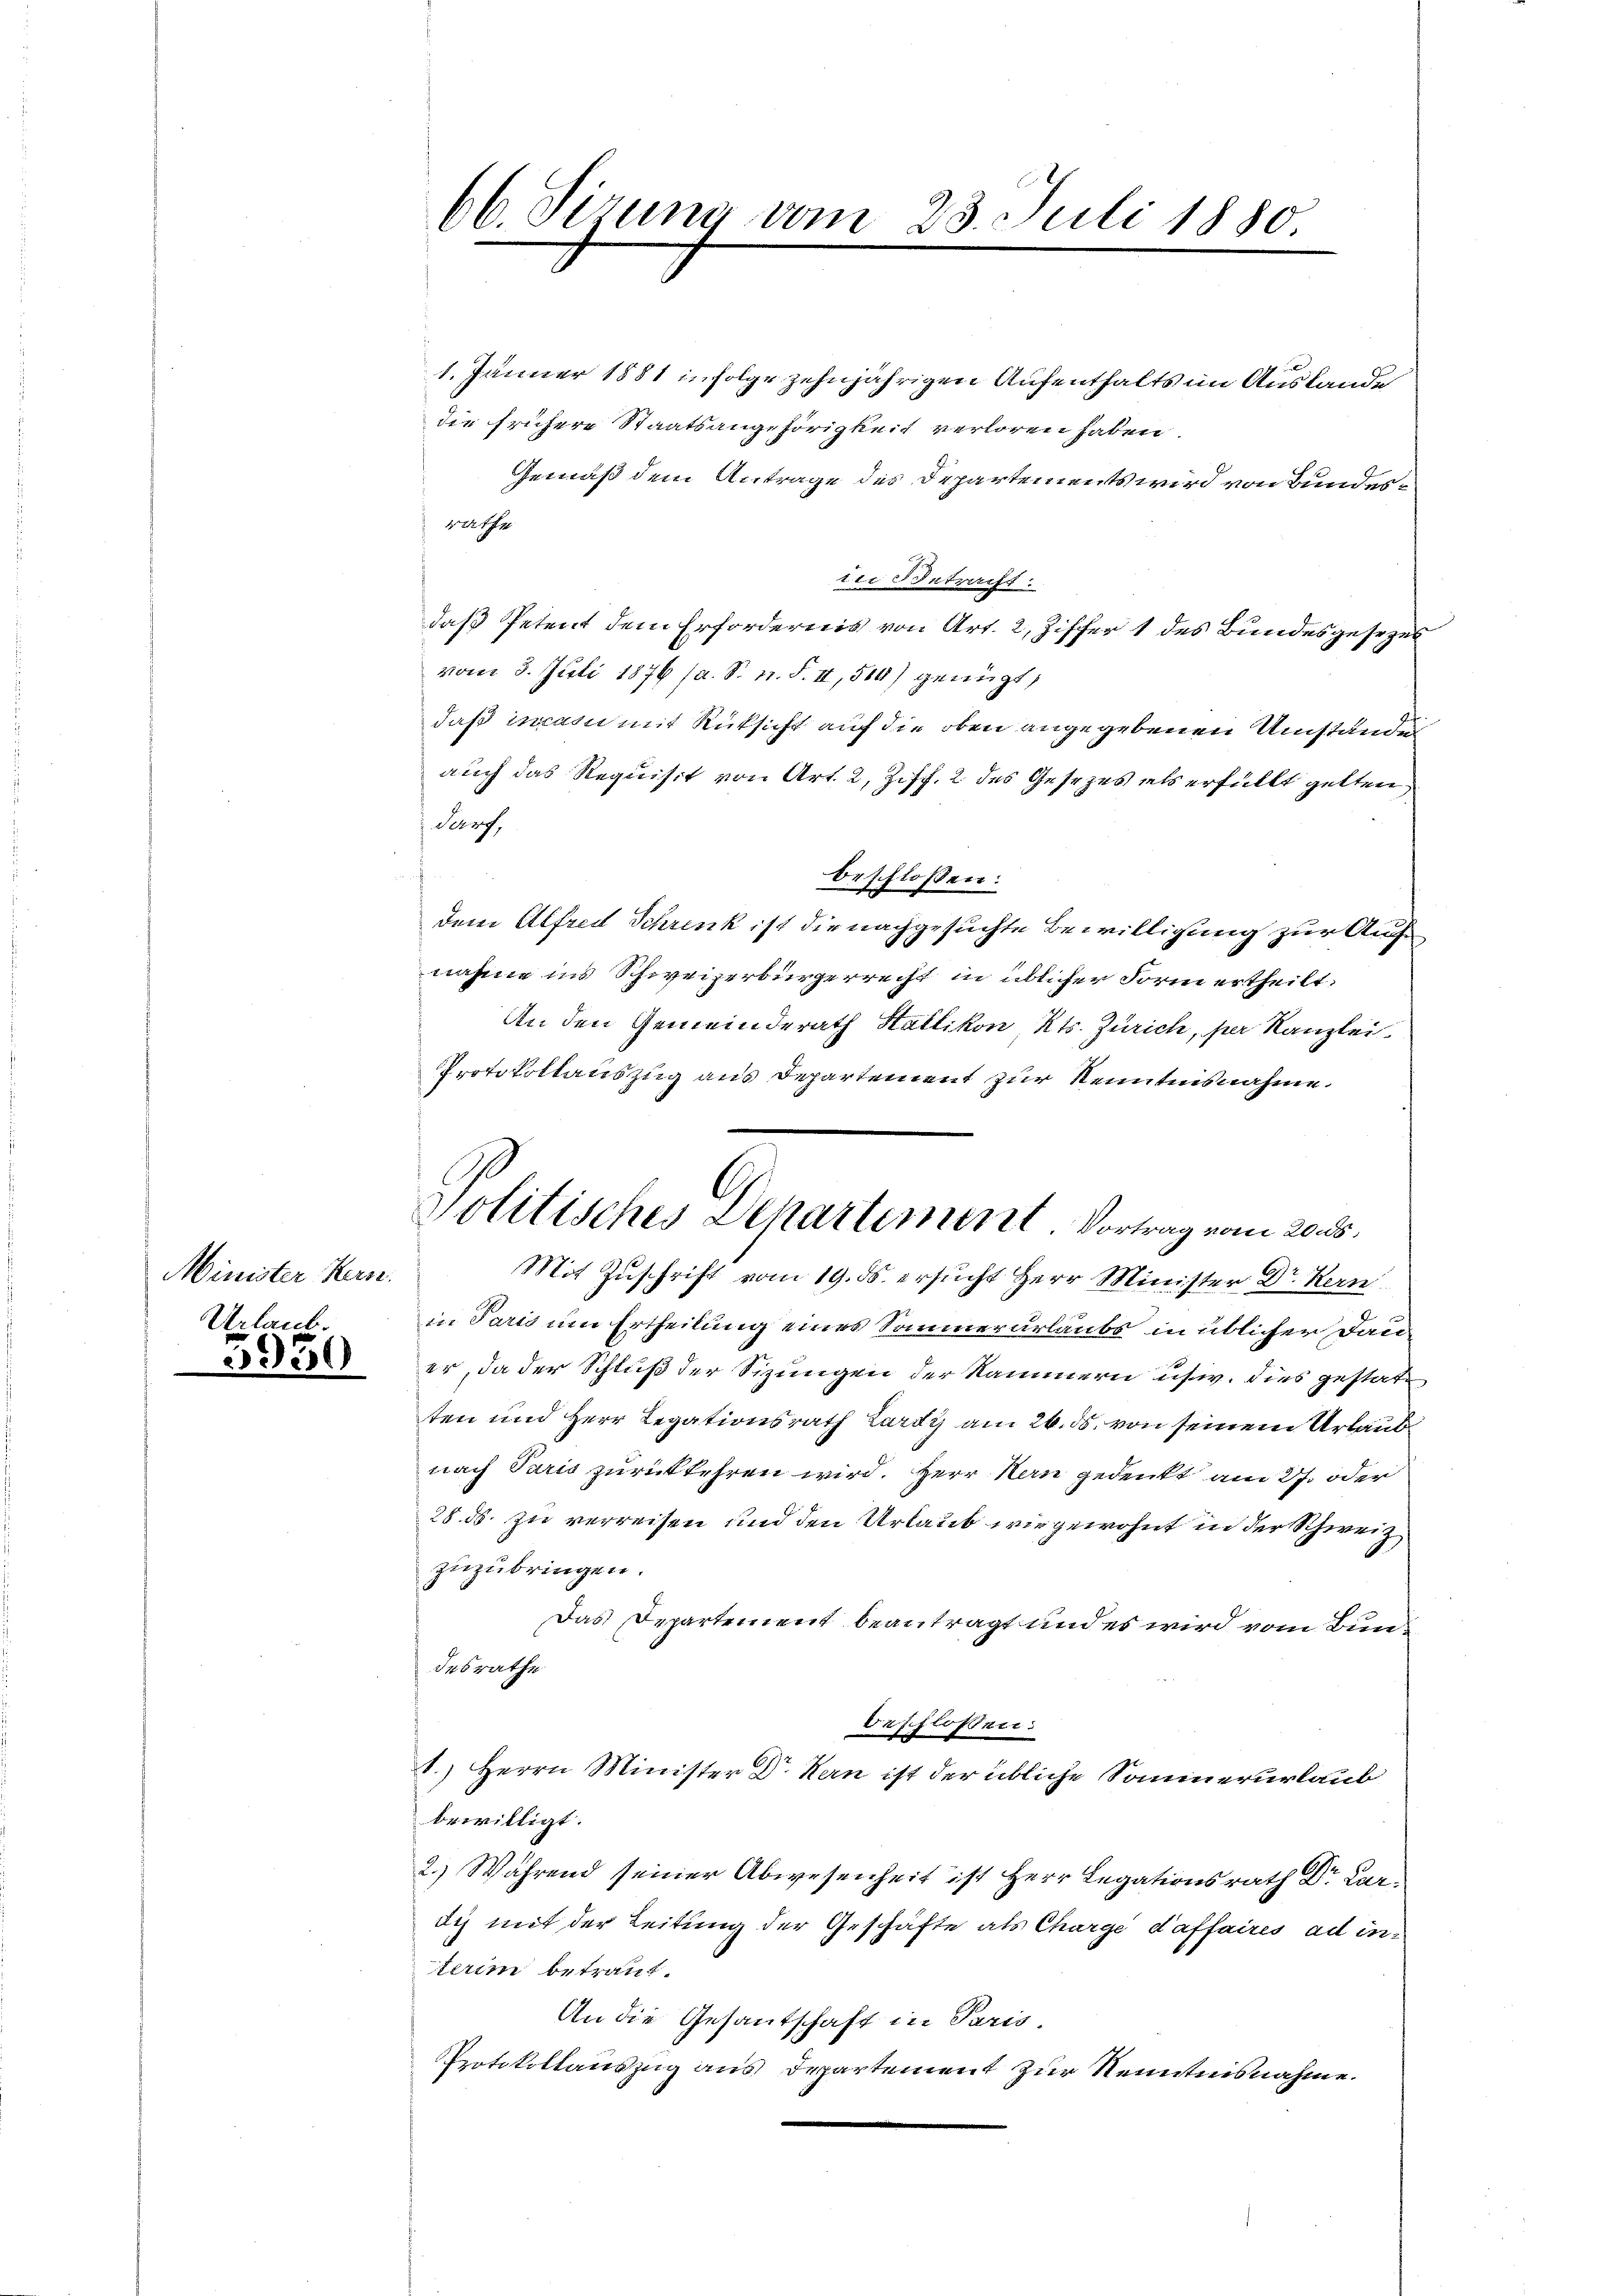
Minister Hern.
Urlaub.

3950

66. Sirung vom 23. Juli 1880

8. Jänner 1881 infolge zehnjährigen Aufenthalts im Auslande
die frühere Staatsangehörigkeit verloren haben
Gemäß dem Antrage des Departements wird von Bundesrathe
tii Betracht:
daß Petent dem Erfordernis von Art. 2, Ziffer 1 des Bundesgesezen
vom 8. Juli 1876 (a. S. n. F. II, 514) genügt,
daß incain mit Rüksicht auf die oben angegebenen Umständen
auch das Requisit von Art. 2, Ziff. 2 des Gesezes als erfüllt gelten,
Sarg,
.
beschlossen:
dem Alfred Schrenk ist die nachgesuchte Bewilligung zur Aufnahme ins Schweizerbürgerrecht in üblicher Form ertheilt.
An den Gemeinderath Hallikon, Kts. Zürich, par Kanzlei
Protokoltanszug aus Departement zur Kenntnisnahme.
Mit Zuschrift vom 19. ds. ersucht Herr Minister Dr. Kern
in Paris um Ertheilung eines Sommerurlaubs in üblicher Dauer, da der Schluß der Sizungen der Kammern usw. dies gestatten und Herr Legationsrath Lardy am 26. ds. von seinem Urlaub
nach Paris zurückkehren wird. Herr Kern gedenkt am 27. oder
28. ds. zu verreisen und den Urlaub wie gewohnt in der Schweiz,
zuzubringen.
Das Departement beantragt und es wird vom Bundesrathe
beschlossen:
1.) Herrn Minister Dr. Man ist der übliche Sommerurlaub
bewilligt.
2.) Während seiner Abwesenheit ist Herr Legationsrath Dr Curdiz mit der Leitung der Geschäfte als Charge daffaires ad in
terim betraut.
An die Gesantschaft in Paris
Protokollauszug aus Departement zur Kenntnisnahme.

Politisches Departement. Vortrag vom 20. ds.

e